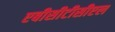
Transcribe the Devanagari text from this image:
एबीसीटीसीएल